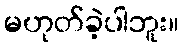
မဟုတ်ခဲ့ပါဘူး။